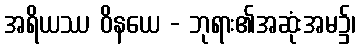
အရိယဿ ဝိနယေ - ဘုရား၏အဆုံးအမ၌၊